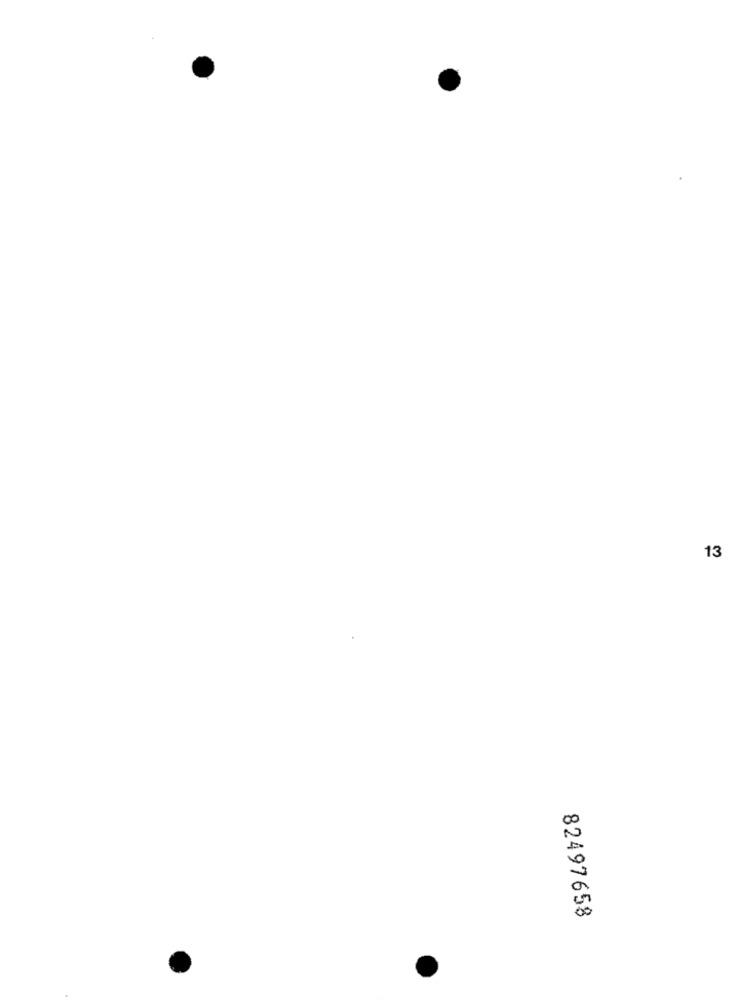
13
82497658